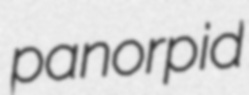
panorpid